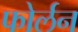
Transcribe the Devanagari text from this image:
फोर्लन